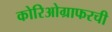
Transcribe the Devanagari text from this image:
कोरिओग्राफरची